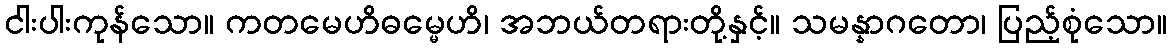
ငါးပါးကုန်သော။ ကတမေဟိဓမ္မေဟိ၊ အဘယ်တရားတို့နှင့်။ သမန္နာဂတော၊ ပြည့်စုံသော။